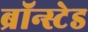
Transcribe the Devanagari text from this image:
ब्रॉन्स्टेड